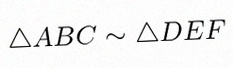
\triangle ABC\sim\triangle DEF